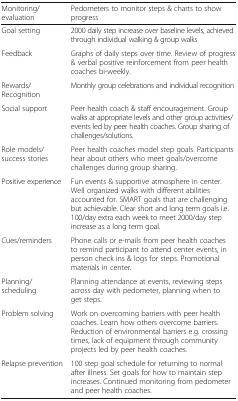
<table><thead><tr><td><b>Monitoring/evaluation</b></td><td><b>Pedometers to monitor steps &amp; charts to show progress</b></td></tr></thead><tbody><tr><td>Goal setting</td><td>2000 daily step increase over baseline levels, achieved through individual walking &amp; group walks</td></tr><tr><td>Feedback</td><td>Graphs of daily steps over time. Review of progress &amp; verbal positive reinforcement from peer health coaches bi-weekly.</td></tr><tr><td>Rewards/Recognition</td><td>Monthly group celebrations and individual recognition</td></tr><tr><td>Social support</td><td>Peer health coach &amp; staff encouragement. Group walks at appropriate levels and other group activities/events led by peer health coaches. Group sharing of challenges/solutions.</td></tr><tr><td>Role models/success stories</td><td>Peer health coaches model step goals. Participants hear about others who meet goals/overcome challenges during group sharing.</td></tr><tr><td>Positive experience</td><td>Fun events &amp; supportive atmosphere in center. Well organized walks with different abilities accounted for. SMART goals that are challenging but achievable. Clear short and long term goals i.e. 100/day extra each week to meet 2000/day step increase as a long term goal.</td></tr><tr><td>Cues/reminders</td><td>Phone calls or e-mails from peer health coaches to remind participant to attend center events, in person check ins &amp; logs for steps. Promotional materials in center.</td></tr><tr><td>Planning/scheduling</td><td>Planning attendance at events, reviewing steps across day with pedometer, planning when to get steps.</td></tr><tr><td>Problem solving</td><td>Work on overcoming barriers with peer health coaches. Learn how others overcome barriers. Reduction of environmental barriers e.g. crossing times, lack of equipment through community projects led by peer health coaches.</td></tr><tr><td>Relapse prevention</td><td>100 step goal schedule for returning to normal after illness. Set goals for how to maintain step increases. Continued monitoring from pedometer and peer health coaches.</td></tr></tbody></table>